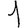
Digit: 1